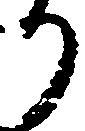
り